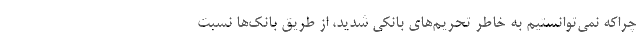
چراکه نمی‌توانستیم به خاطر تحریم‌های بانکی شدید، از طریق بانک‌ها نسبت